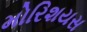
મોરિશયસ